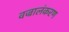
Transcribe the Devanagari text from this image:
वज्रालंकरण